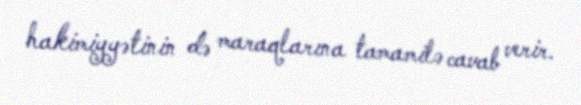
hakimiyyətinin də maraqlarına tamamilə cavab verir.